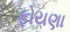
ફોયણા